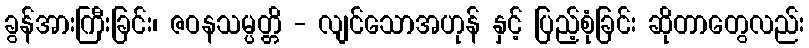
ခွန်အားကြီးခြင်း၊ ဇဝနသမ္ပတ္တိ - လျင်သောအဟုန် နှင့် ပြည့်စုံခြင်း ဆိုတာတွေလည်း